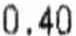
0.40